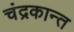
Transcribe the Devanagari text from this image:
चंद्रकान्त